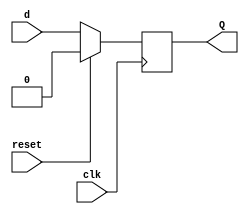
`timescale 1ns / 1ps

module D_flipflop(
    input d, clk, reset,
    output reg Q
    );
    
    always@(posedge clk)
          begin
            if(reset)
            Q<= 1'b0;
            else 
            Q <= d;
            end

endmodule

module sipo(
    input clk, reset, serial_in,
    output [2:0] parallel_out
    );
    
    D_flipflop D2(serial_in, clk, reset, parallel_out[2]);
    D_flipflop D1(parallel_out[2], clk, reset, parallel_out[1]);
    D_flipflop D0(parallel_out[1], clk, reset, parallel_out[0]);
    
endmodule